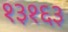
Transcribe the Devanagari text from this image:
१३१६३